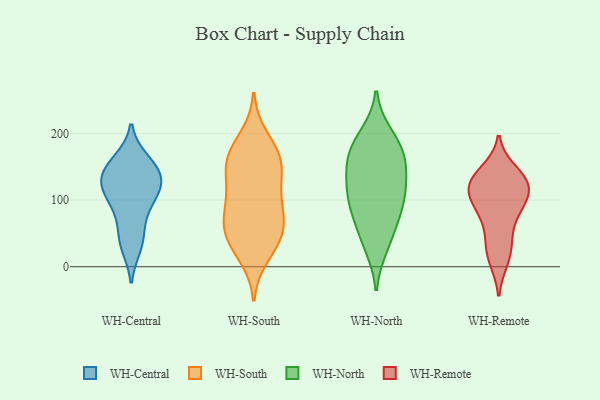
{"axis": {"x": "Website Visitors", "y": "Value"}, "legend": ["WH-Central", "WH-North", "WH-Remote", "WH-South"], "data": [{"x": "", "y": 46, "type": "WH-Central"}, {"x": "", "y": 82, "type": "WH-Central"}, {"x": "", "y": 152, "type": "WH-Central"}, {"x": "", "y": 119, "type": "WH-Central"}, {"x": "", "y": 136, "type": "WH-Central"}, {"x": "", "y": 30, "type": "WH-Central"}, {"x": "", "y": 100, "type": "WH-Central"}, {"x": "", "y": 119, "type": "WH-Central"}, {"x": "", "y": 134, "type": "WH-Central"}, {"x": "", "y": 160, "type": "WH-Central"}, {"x": "", "y": 193, "type": "WH-South"}, {"x": "", "y": 59, "type": "WH-South"}, {"x": "", "y": 114, "type": "WH-South"}, {"x": "", "y": 104, "type": "WH-South"}, {"x": "", "y": 36, "type": "WH-South"}, {"x": "", "y": 164, "type": "WH-South"}, {"x": "", "y": 41, "type": "WH-South"}, {"x": "", "y": 157, "type": "WH-South"}, {"x": "", "y": 17, "type": "WH-South"}, {"x": "", "y": 151, "type": "WH-South"}, {"x": "", "y": 169, "type": "WH-South"}, {"x": "", "y": 152, "type": "WH-South"}, {"x": "", "y": 67, "type": "WH-South"}, {"x": "", "y": 52, "type": "WH-South"}, {"x": "", "y": 102, "type": "WH-South"}, {"x": "", "y": 76, "type": "WH-South"}, {"x": "", "y": 98, "type": "WH-North"}, {"x": "", "y": 139, "type": "WH-North"}, {"x": "", "y": 114, "type": "WH-North"}, {"x": "", "y": 169, "type": "WH-North"}, {"x": "", "y": 30, "type": "WH-North"}, {"x": "", "y": 40, "type": "WH-North"}, {"x": "", "y": 174, "type": "WH-North"}, {"x": "", "y": 121, "type": "WH-North"}, {"x": "", "y": 95, "type": "WH-North"}, {"x": "", "y": 162, "type": "WH-North"}, {"x": "", "y": 81, "type": "WH-North"}, {"x": "", "y": 189, "type": "WH-North"}, {"x": "", "y": 143, "type": "WH-North"}, {"x": "", "y": 68, "type": "WH-North"}, {"x": "", "y": 198, "type": "WH-North"}, {"x": "", "y": 143, "type": "WH-Remote"}, {"x": "", "y": 42, "type": "WH-Remote"}, {"x": "", "y": 86, "type": "WH-Remote"}, {"x": "", "y": 10, "type": "WH-Remote"}, {"x": "", "y": 108, "type": "WH-Remote"}, {"x": "", "y": 136, "type": "WH-Remote"}, {"x": "", "y": 122, "type": "WH-Remote"}, {"x": "", "y": 129, "type": "WH-Remote"}, {"x": "", "y": 14, "type": "WH-Remote"}, {"x": "", "y": 87, "type": "WH-Remote"}, {"x": "", "y": 76, "type": "WH-Remote"}, {"x": "", "y": 119, "type": "WH-Remote"}, {"x": "", "y": 117, "type": "WH-Remote"}, {"x": "", "y": 131, "type": "WH-Remote"}, {"x": "", "y": 99, "type": "WH-Remote"}, {"x": "", "y": 37, "type": "WH-Remote"}]}